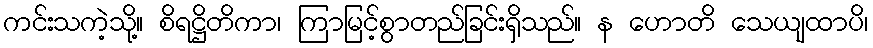
ကင်းသကဲ့သို့။ စိရဋ္ဌိတိကာ၊ ကြာမြင့်စွာတည်ခြင်းရှိသည်။ န ဟောတိ သေယျထာပိ၊